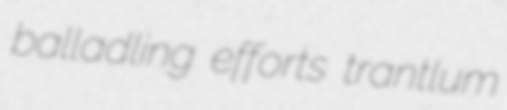
balladling efforts trantlum